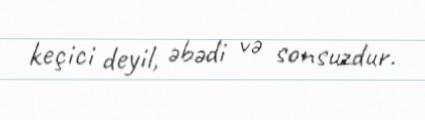
keçici deyil, əbədi və sonsuzdur.